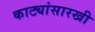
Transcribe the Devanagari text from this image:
काट्यांसारखी